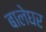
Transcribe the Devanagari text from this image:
बालेघर